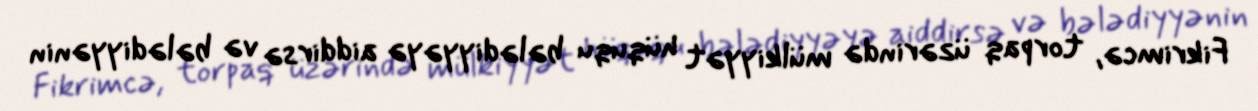
Fikrimcə, torpaq üzərində mülkiyyət hüququ bələdiyyəyə aiddirsə və bələdiyyənin